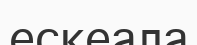
ескеала